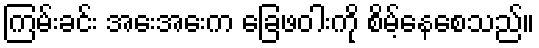
ကြမ်းခင်း အေးအေးက ခြေဖဝါးကို စိမ့်နေစေသည်။